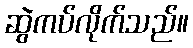
ဆွဲကပ်လိုက်သည်။